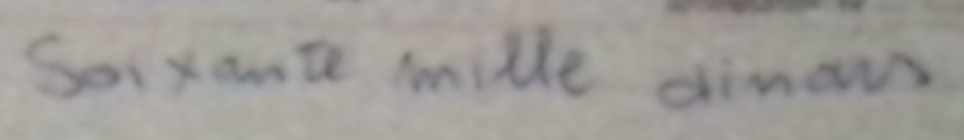
Soixante mille dinars